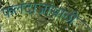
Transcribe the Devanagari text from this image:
फलंदाजांसाठी